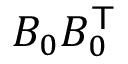
B _ { 0 } B _ { 0 } ^ { \scriptstyle { \mathsf { T } } }